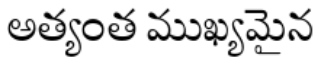
అత్యంత ముఖ్యమైన